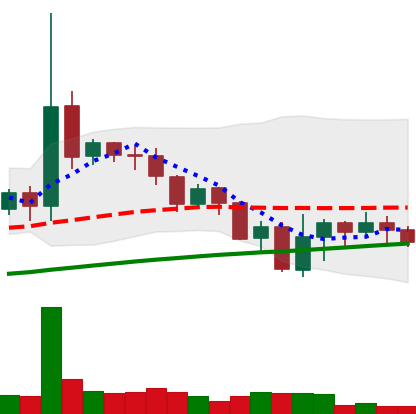
Ticker: DOGE-USD
Chart end date: 2019-07-22
Forward return: -5.806%
Label: down_5_7